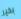
بخير